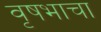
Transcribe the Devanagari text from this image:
वृषभाचा